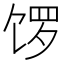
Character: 𫗩